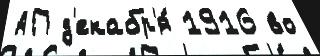
АП д'екабр'я́ 1916 во